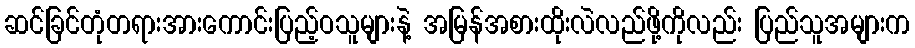
ဆင်ခြင်တုံတရားအားကောင်းပြည့်ဝသူများနဲ့ အမြန်အစားထိုးလဲလည်ဖို့ကိုလည်း ပြည်သူအများက